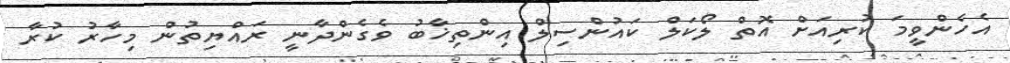
އެހެންވީމަ ކުރިއަށް އޮތް ލޯކަލް ކައުންސިލް އިންތިޚާބު ވެގެންދާނީ ރައްޔިތުން މިހާރު ކުރާ